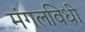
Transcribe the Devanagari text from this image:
मंगलविधी